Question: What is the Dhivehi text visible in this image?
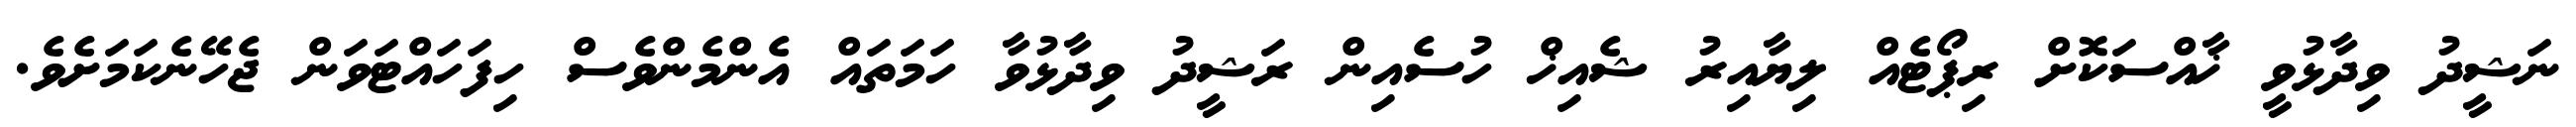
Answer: ނަޝީދު ވިދާޅުވީ ޚާއްސަކޮށް ރިޕޯޓެއް ލިޔާއިރު ޝެއިޚް ހުސެއިން ރަޝީދު ވިދާޅުވާ ހަމަތައް އެންމެންވެސް ހިފަހައްޓަވަން ޖެހޭނެކަމަށެވެ.